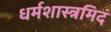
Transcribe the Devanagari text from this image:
धर्मशास्त्रमिदं